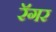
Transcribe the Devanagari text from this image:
रॅगर